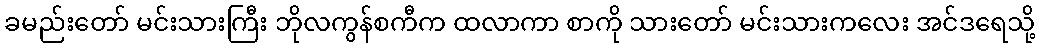
ခမည်းတော် မင်းသားကြီး ဘိုလကွန်စကီက ထလာကာ စာကို သားတော် မင်းသားကလေး အင်ဒရေသို့